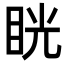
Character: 𥆄